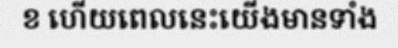
ខ ហើយពេលនេះយើងមានទាំង